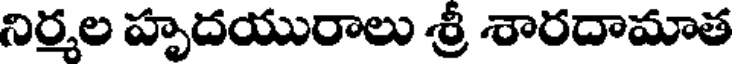
నిర్మల హృదయురాలు శ్రీ శారదామాత